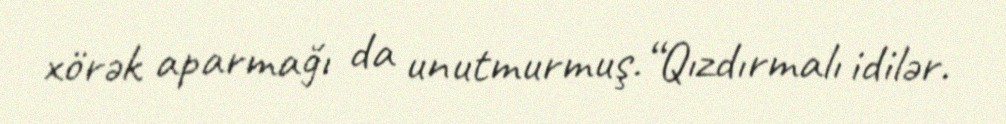
xörək aparmağı da unutmurmuş.“Qızdırmalı idilər.